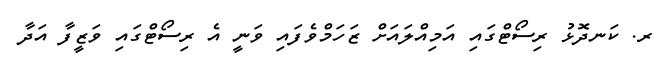
ރ. ކަނދޮޅު ރިސޯޓްގައި އަމިއްލައަށް ޒަހަމްވެފައި ވަނީ އެ ރިސޯޓްގައި ވަޒީފާ އަދާ